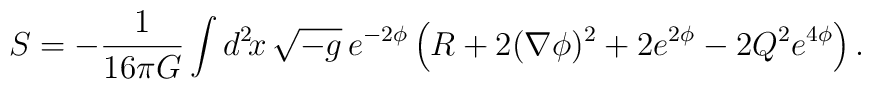
S = - \frac{1}{16\pi G} \int d^2\!x\, \sqrt{-g}\,  e^{-2\phi}  \left( R + 2 (\nabla \phi )^2 + 2 e^{2\phi} -   2 Q^2 e^{4\phi} \right).